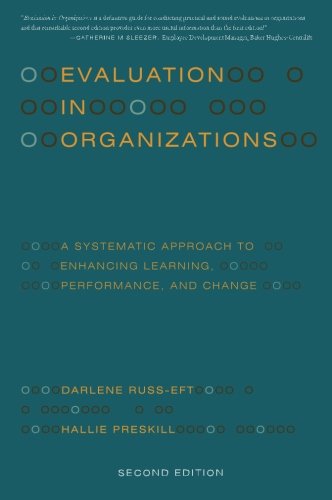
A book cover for Evaluation in Organizations: A Systematic Approach to Enhancing Learning, Performance, and Change; Darlene Russ-Eft; Business & Money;